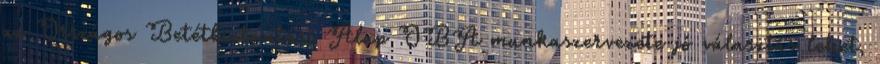
az Országos Betétbiztosítási Alap OBA munkaszervezete jó választás lehet,